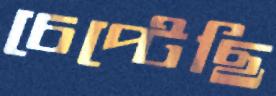
চেপ্‌টেছি